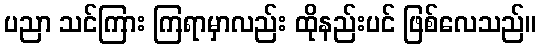
ပညာ သင်ကြား ကြရာမှာလည်း ထိုနည်းပင် ဖြစ်လေသည်။